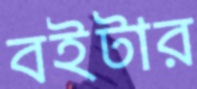
বইটার